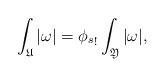
LaTeX: \begin{align*}\int_{\mathfrak U}|\omega| = {\phi_s}_!\int_{\mathfrak Y}|\omega|,\end{align*}